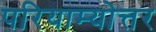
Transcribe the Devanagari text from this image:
परियाम्योत्तर